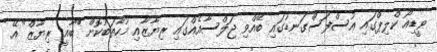
ވީޑިއޯ ކްލިޕްގައި އުސްފަސްގަނޑުގައި ބޭއްވި ޖަލްސާއެއްގައި ރިޔާޒާއި މުހާތަބުކޮށް "ބާޣީ ރިޔާޒް" އޭ